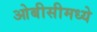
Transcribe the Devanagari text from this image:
ओबीसीमध्ये